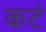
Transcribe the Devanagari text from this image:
कटं